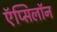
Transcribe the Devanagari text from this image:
ऍप्सिलॉन